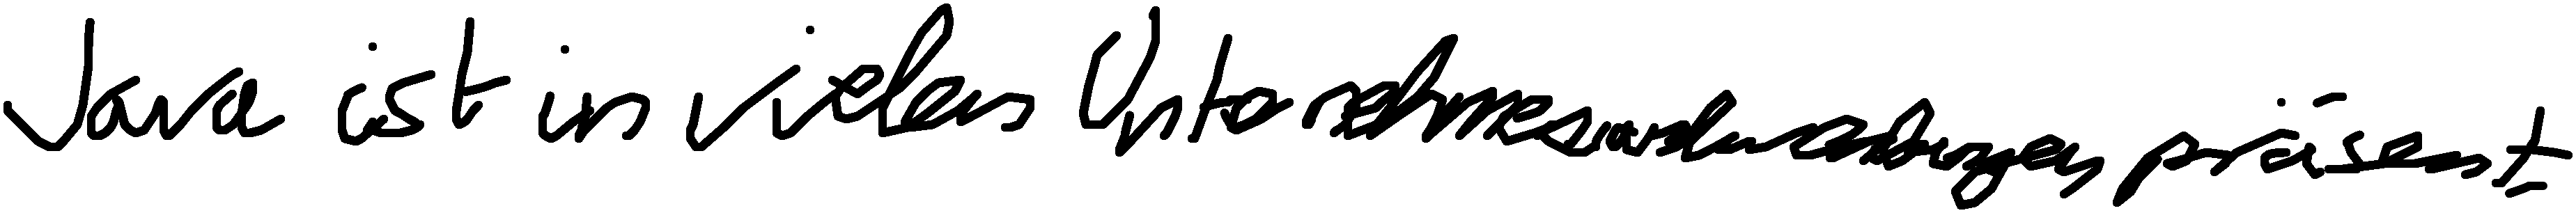
Java ist in vielen Unternehmensanwendungen präsent.